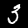
Digit: 3